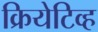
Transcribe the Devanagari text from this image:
क्रियेटिव्ह